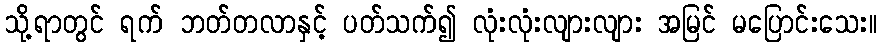
သို့ရာတွင် ရက် ဘတ်တလာနှင့် ပတ်သက်၍ လုံးလုံးလျားလျား အမြင် မပြောင်းသေး။